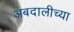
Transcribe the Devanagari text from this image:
अबदालीच्या